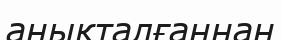
анықталғаннан